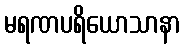
မရဏပရိယောသာနာ